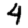
Digit: 4